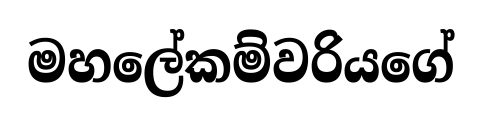
මහලේකම්වරියගේ